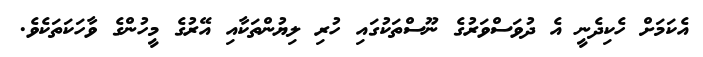
އެކަމަށް ހެކިދެނީ އެ ދުވަސްވަރުގެ ނޫސްތަކުގައި ހުރި ލިޔުންތަކާއި އޭރުގެ މީހުންގެ ވާހަކަތަކެވެ.